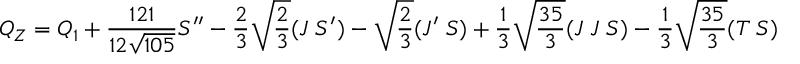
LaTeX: Q _ { Z } = Q _ { 1 } + \frac { 1 2 1 } { 1 2 \sqrt { 1 0 5 } } S ^ { \prime \prime } - \frac { 2 } { 3 } \sqrt { \frac { 2 } { 3 } } ( J \; S ^ { \prime } ) - \sqrt { \frac { 2 } { 3 } } ( J ^ { \prime } \; S ) + \frac { 1 } { 3 } \sqrt { \frac { 3 5 } { 3 } } ( J \; J \; S ) - \frac { 1 } { 3 } \sqrt { \frac { 3 5 } { 3 } } ( T \; S )